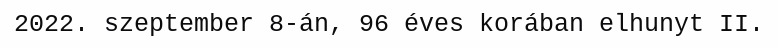
2022. szeptember 8-án, 96 éves korában elhunyt II.